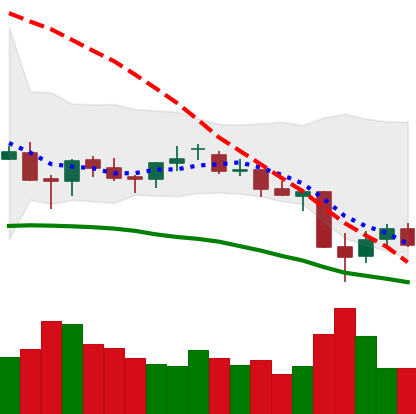
Ticker: LTC-USD
Chart end date: 2021-06-25
Forward return: 14.678%
Label: up_7plus